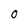
Character: 0